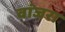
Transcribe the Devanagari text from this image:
वांजरा